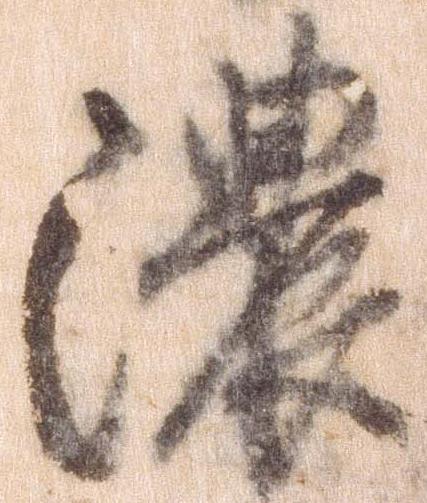
濃